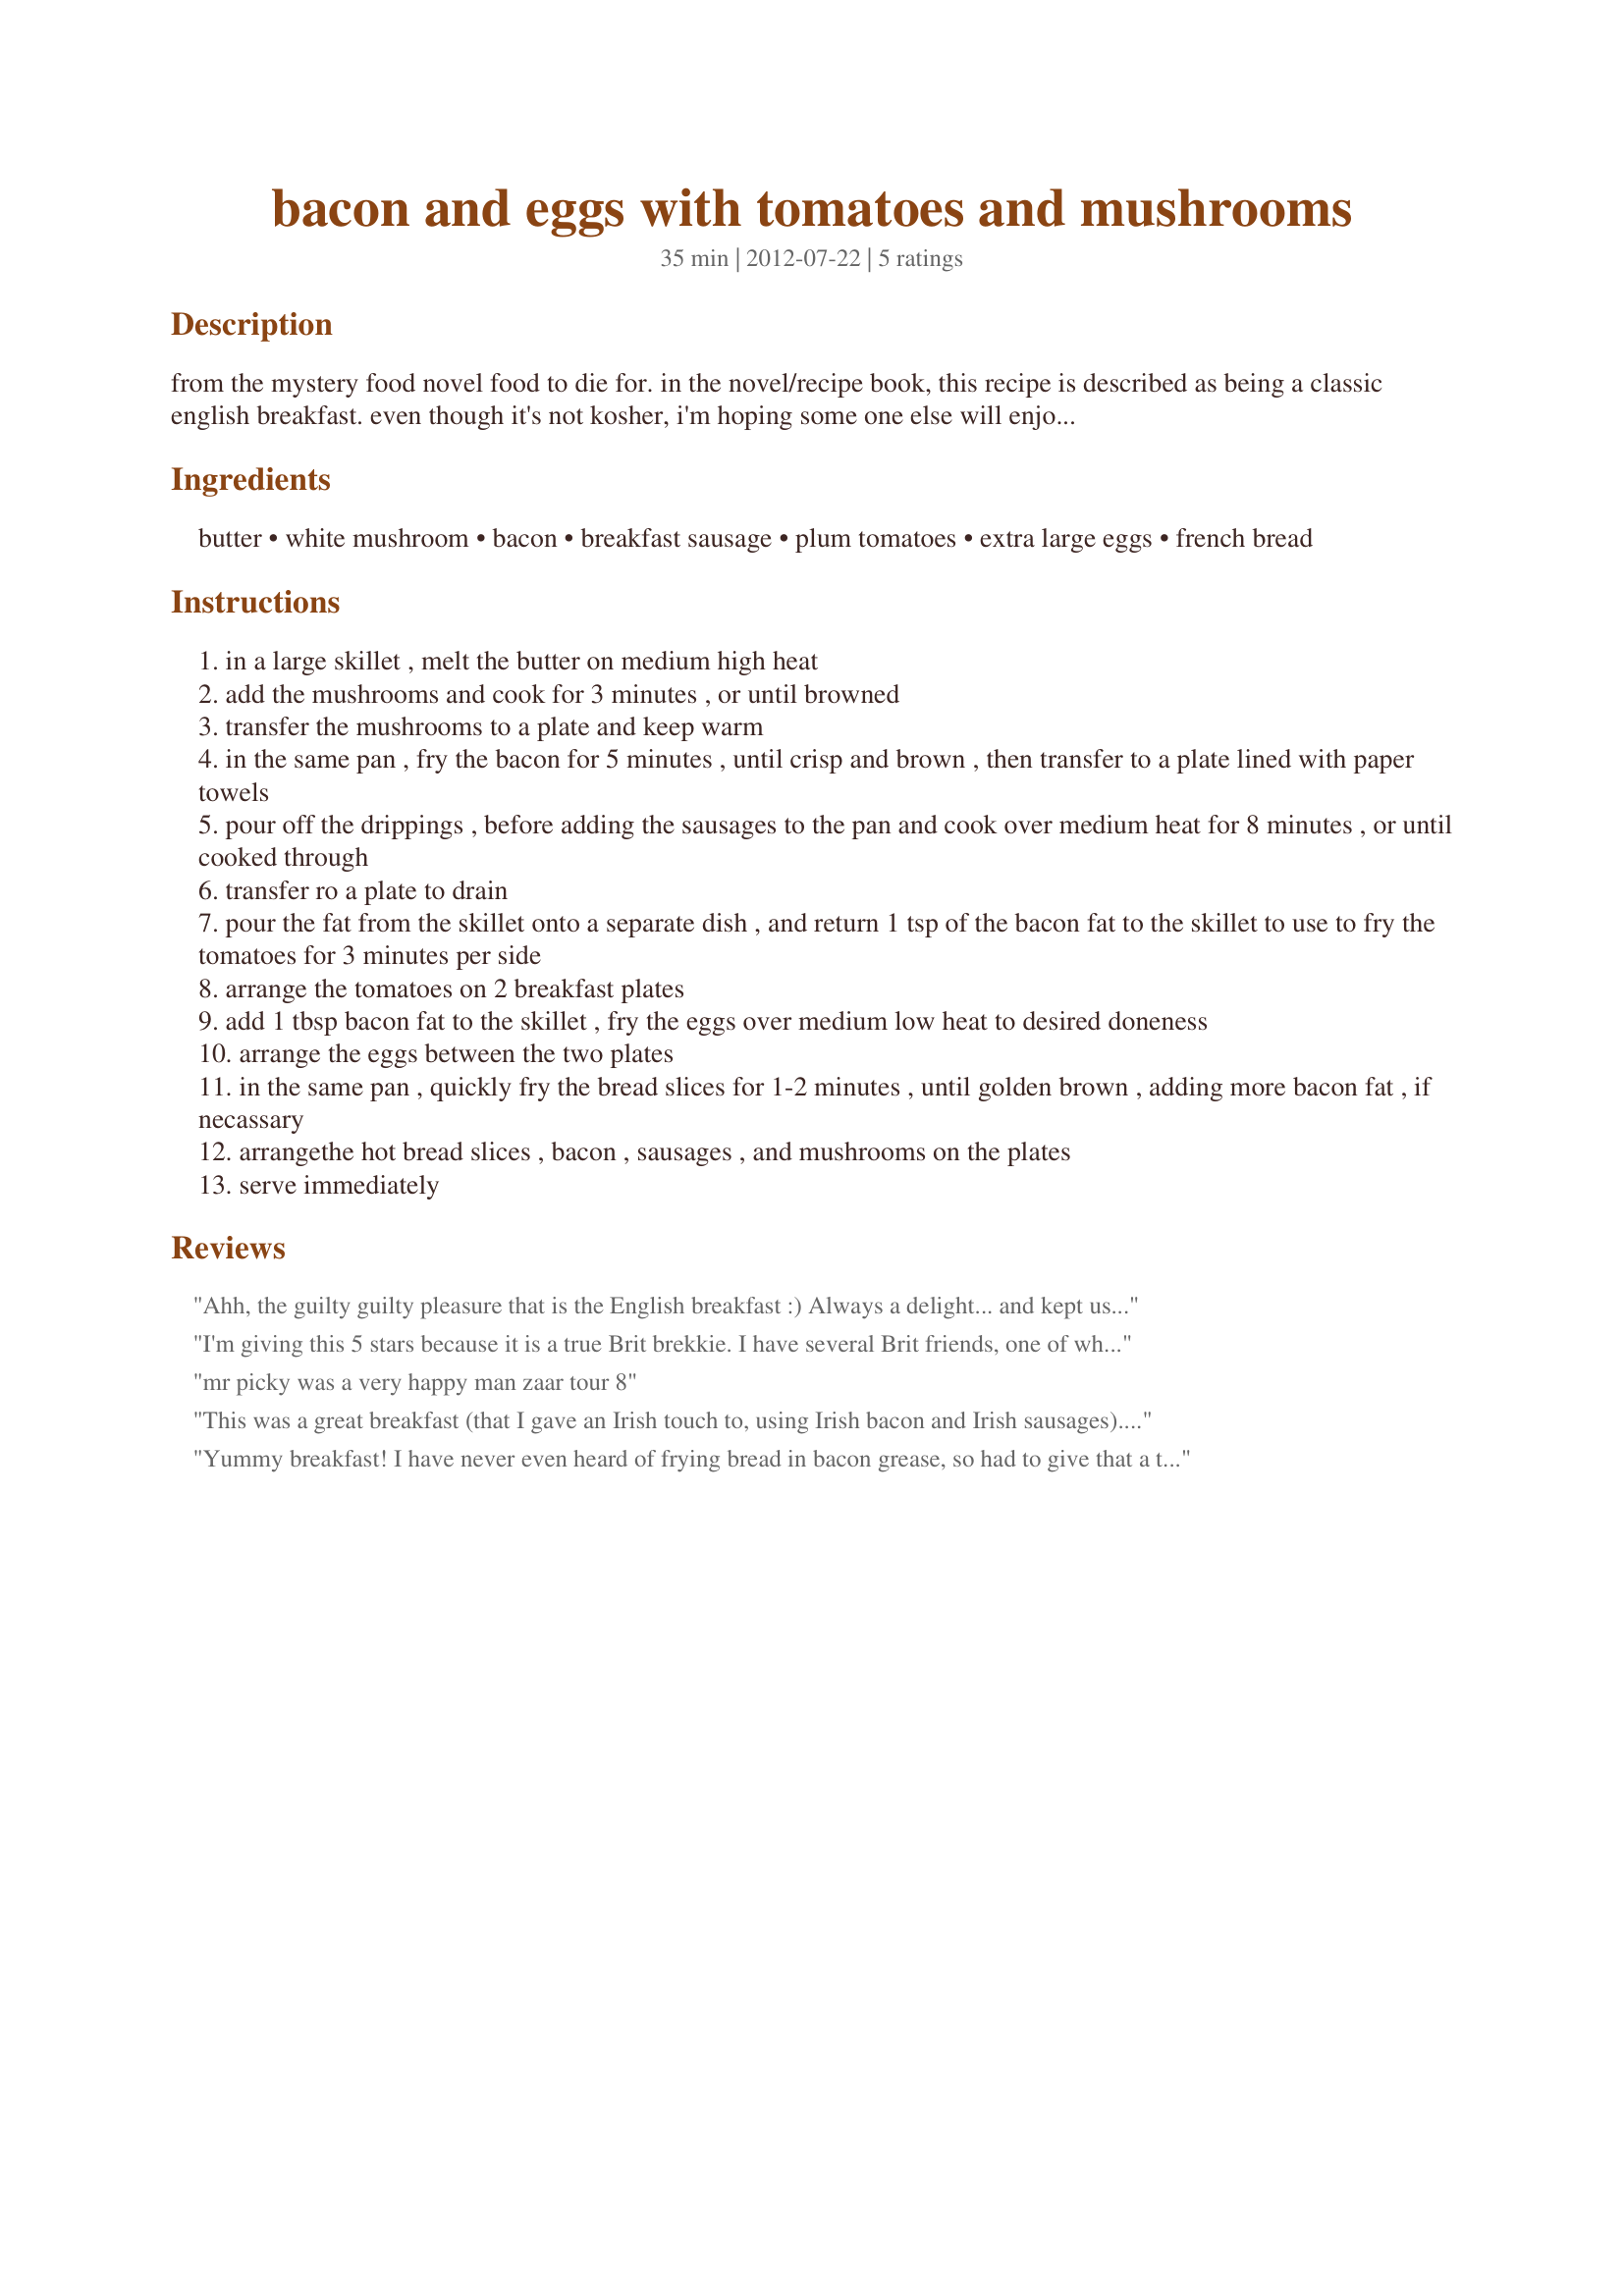
bacon and eggs with tomatoes and mushrooms
Preparation time: 35 minutes

from the mystery food novel food to die for. in the novel/recipe book, this recipe is described as being a classic english breakfast. even though it's not kosher, i'm hoping some one else will enjoy the recipe, although i did hear once that there was such a thing as fake bacon.

Ingredients:
butter, white mushroom, bacon, breakfast sausage, plum tomatoes, extra large eggs, french bread

Steps:
in a large skillet , melt the butter on medium high heat
add the mushrooms and cook for 3 minutes , or until browned
transfer the mushrooms to a plate and keep warm
in the same pan , fry the bacon for 5 minutes , until crisp and brown , then transfer to a plate lined with paper towels
pour off the drippings , before adding the sausages to the pan and cook over medium heat for 8 minutes , or until cooked through
transfer ro a plate to drain
pour the fat from the skillet onto a separate dish , and return 1 tsp of the bacon fat to the skillet to use to fry the tomatoes for 3 minutes per side
arrange the tomatoes on 2 breakfast plates
add 1 tbsp bacon fat to the skillet , fry the eggs over medium low heat to desired doneness
arrange the eggs between the two plates
in the same pan , quickly fry the bread slices for 1-2 minutes , until golden brown , adding more bacon fat , if necassary
arrangethe hot bread slices , bacon , sausages , and mushrooms on the plates
serve immediately

Reviews:
Ahh, the guilty guilty pleasure that is the English breakfast :) Always a delight... and kept us full for at least two meals! I can't imagine a trip to Great Britain without it. I did make a mini version for myself, but made as directed for those dining with me who have larger appetites. Thanks for sharing! ZWT8
I'm giving this 5 stars because it is a true Brit brekkie. I have several Brit friends, one of whom lives in London and he assures me that it's classic. That said, omg, that is a lot of food! I made one serving reduced and had a hard time getting it all on a dinner plate even though I cut back on the amounts. Used 2 eggs instead of 3, 1 slice toast, 1 strip bacon. For pure health reasons I used 2 veggie sausage links and toasted the bread (whole wheat) because I simply couldn't bring myself to fry bread in bacon fat. I managed to get through 2/3's and had to call it quits at that point. Loved the tomatoes and mushies, for me that was the highlight of the plate. Everything tasted very good but there was just way too much.
mr picky was a very happy man zaar tour 8
This was a great breakfast (that I gave an Irish touch to, using Irish bacon and Irish sausages). It really cooked rather quickly, and produced a wonderful, hearty breakfast that is a lovely treat. I will definitely be making this again! Made for ZWT 8.
Yummy breakfast! I have never even heard of frying bread in bacon grease, so had to give that a try. Very flavorful. I used a thickly sliced tomato because I didn't have any plum tomatoes, but made the recipe as directed other than that. Very good and very filling. Thanks Studentchef for a great breakfast. Made for ZWT8 - Great Britain.
